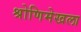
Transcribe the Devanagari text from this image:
श्रोणिमेखला